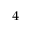
_ { 4 }